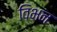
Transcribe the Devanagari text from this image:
विभन